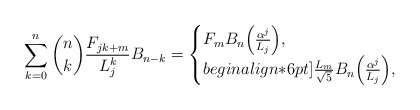
\begin{align*}\sum_{k = 0}^n {\binom nk \frac{F_{jk + m}}{L_j^{k}} B_{n - k} } = \begin{cases}F_m B_n \Big(\frac{\alpha ^j }{L_j}\Big), & \\begin{align*}6pt]\frac{{L_m }}{{\sqrt 5 }}B_n\Big(\frac{\alpha ^j }{L_j}\Big), & \end{cases}\end{align*}